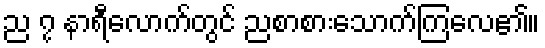
ည ၇ နာရီလောက်တွင် ညစာစားသောက်ကြလေ၏။